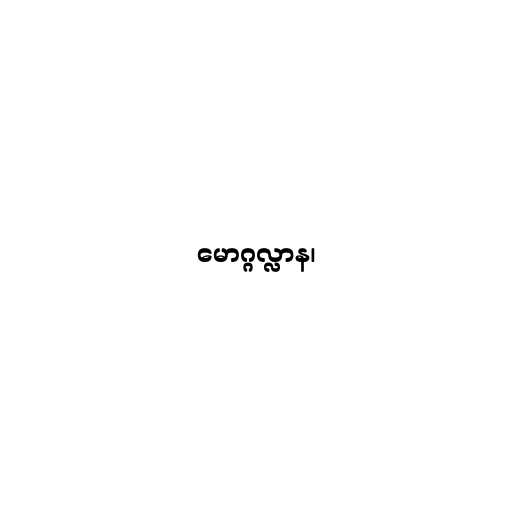
မောဂ္ဂလ္လာန၊